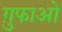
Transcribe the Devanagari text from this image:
ग़ुफाओं